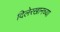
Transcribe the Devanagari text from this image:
दिलेरखानच्या